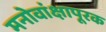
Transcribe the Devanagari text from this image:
मनोवांक्षापूरक